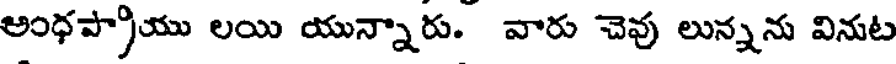
అంధప్రాయు లయి యున్నారు. వారు చెవు లున్నను వినుట